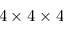
4 \times 4 \times 4